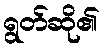
ရွတ်ဆို၏